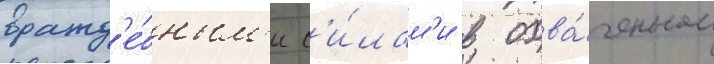
вражд'е́бным'и с'и́лам'и в охва́ченном